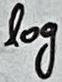
Text: log